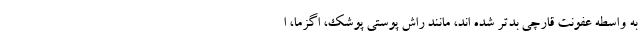
به واسطه عفونت قارچی بدتر شده اند، مانند راش پوستی پوشک، اگزما، ا